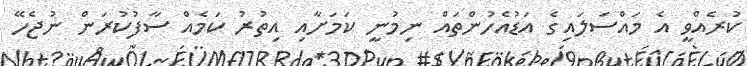
ކުރެއްވީ އެ މައްސަލައިގެ އަޑުއެހުންތައް ނިމުނީ ކަމަށާއި އިތުރު ކަމެއް ސާފުކުރަން ނުޖެހޭ